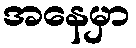
အနေမှာ